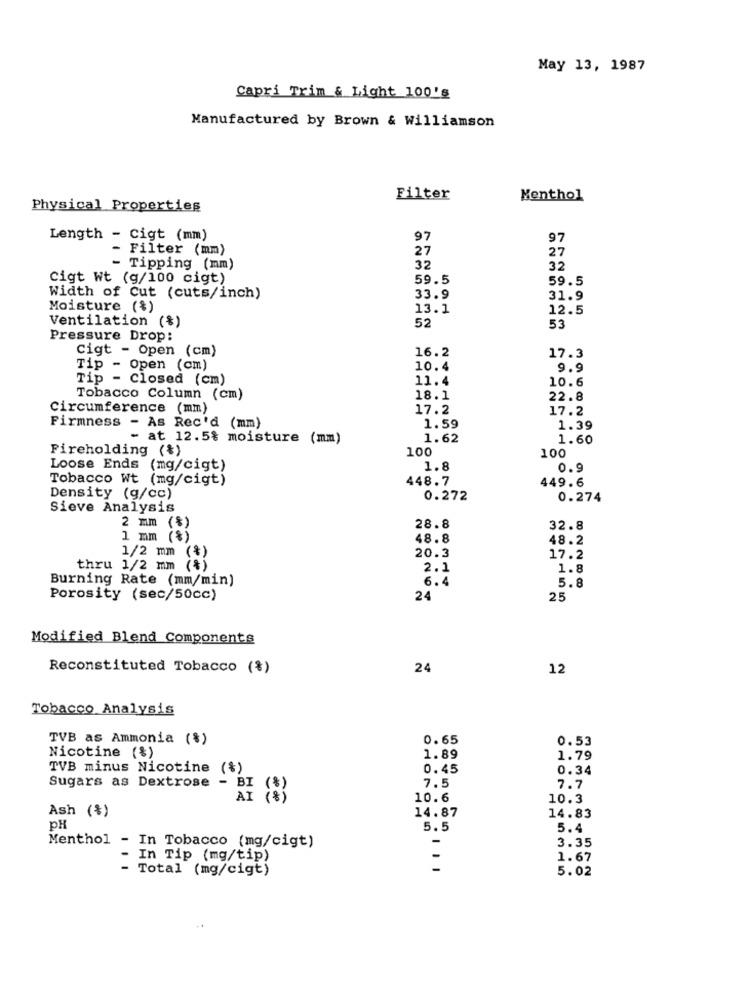
May 13, 1987
Capri Trim & Light 100's
Manufactured by Brown & Williamson
Filter
Menthol
Physical Properties
Length - Cigt (mm)
97
97
Filter (mm)
27
27
- Tipping (mm)
32
32
Cigt Wt (g/100 cigt)
59.5
59.5
Width of Cut (cuts/inch)
33.9
31.9
Moisture (%)
13.1
12.5
Ventilation (%)
52
53
Pressure Drop:
cigt - Open (cm)
16.2
17.3
Tip - Open (cm)
10.4
9.9
Tip - Closed (cm)
11.4
10.6
Tobacco Column (cm)
18.1
22.8
Circumference (mm)
17.2
17.2
Firmness - As Rec'd (mm)
1.59
1.39
- at 12.5% moisture (mm)
1.62
1.60
Fireholding (%)
100
100
Loose Ends (mg/cigt)
1.8
0.9
Tobacco Wt (mg/cigt)
448.7
449.6
Density (g/cc)
0.272
0.274
Sieve Analysis
2 mm (%)
28.8
32.8
1 mm (%)
48.8
48.2
1/2 mm (%)
20.3
17.2
thru 1/2 mm (%)
2.1
1.8
Burning Rate (mm/min)
6.4
5.8
Porosity (sec/50cc)
24
25
Modified Blend Components
Reconstituted Tobacco (%)
24
12
Tobacco Analysis
TVB as Ammonia (%)
0.65
0.53
Nicotine (%)
1.89
1.79
TVB minus Nicotine (%)
0.45
0.34
- BI
Sugars as Dextrose
7.5
7.7
AI (%)
10.6
10.3
Ash (%)
14.87
14.83
pH
5.5
5.4
Menthol - In Tobacco (mg/cigt)
3.35
- In Tip (mg/tip)
-
1.67
Total (mg/cigt)
5.02